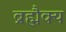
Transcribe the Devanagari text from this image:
ब्रह्मैक्य